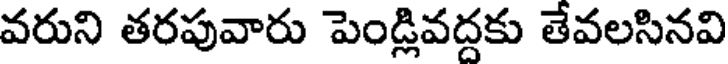
వరుని తరపువారు పెండ్లివద్దకు తేవలసినవి